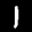
Label: 1